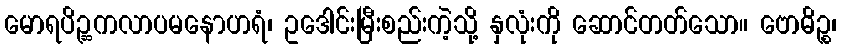
မောရပိဉ္ဆကလာပမနောဟရံ၊ ဥဒေါင်းမြီးစည်းကဲ့သို့ နှလုံးကို ဆောင်တတ်သော။ ဗောဓိဉ္စ၊